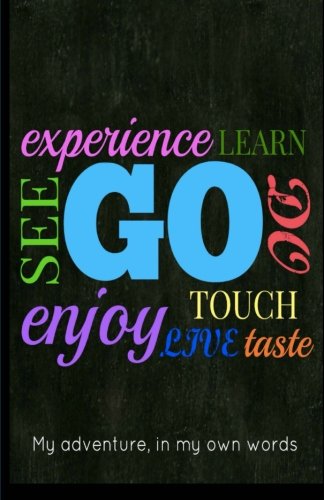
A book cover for Go, See, Do: A Travel Journal for Kids; Mandi M Watts; Travel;